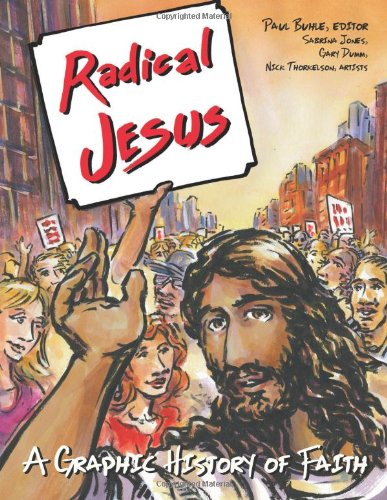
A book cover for Radical Jesus: A Graphic History of Faith; Paul Buhle; Comics & Graphic Novels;